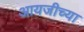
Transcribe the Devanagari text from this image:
आयजीच्या